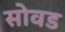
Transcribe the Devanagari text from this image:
सोवड